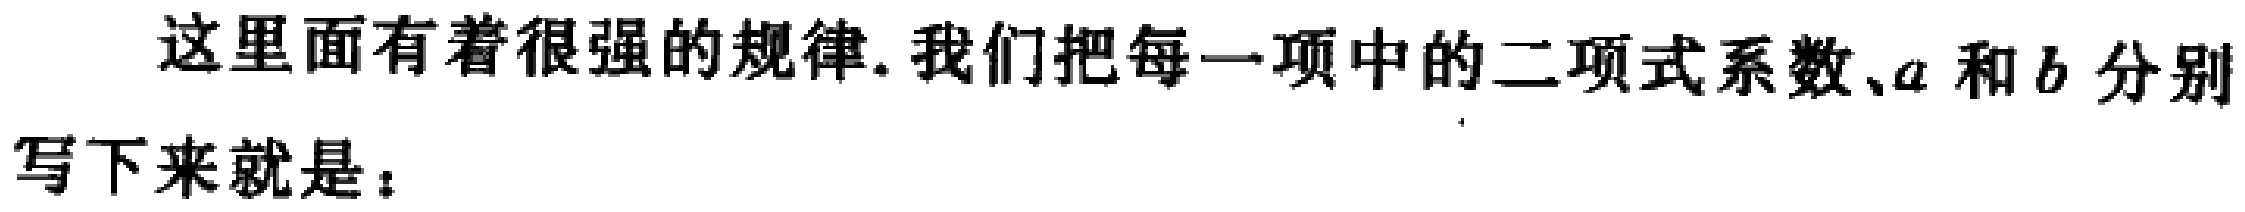
这里面有着很强的规律.我们把每一项中的二项式系数、\(a\) 和 \(b\) 分别写下来就是：